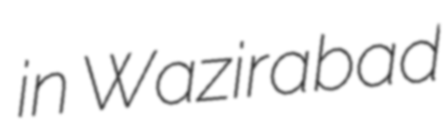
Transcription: in Wazirabad